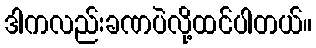
ဒါကလည်းခဏပဲလို့ထင်ပါတယ်။